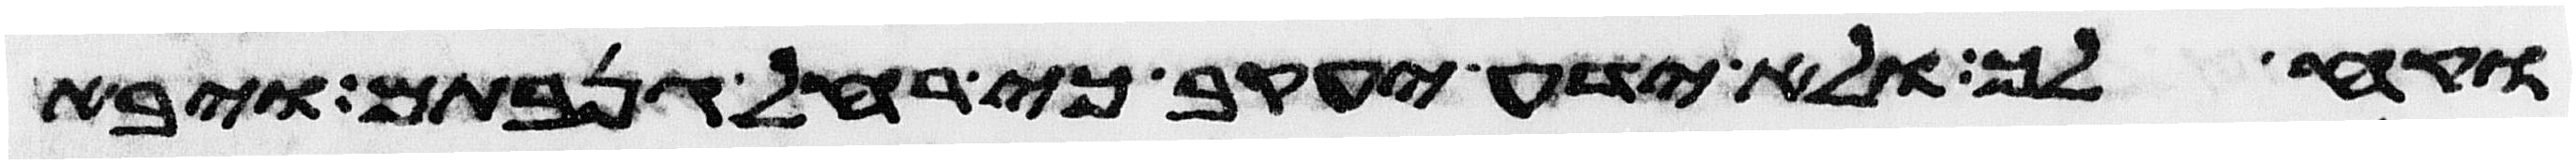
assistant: וקח לך ולא ידע יעקב כי רחל גנבתם ויבא